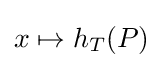
{\textstyle x\mapsto h_{T}(P)}